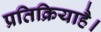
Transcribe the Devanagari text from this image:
प्रतिक्रियाहै।